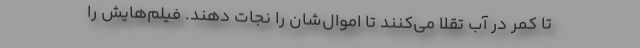
تا كمر در آب تقلا مي‌كنند تا اموال‌شان را نجات دهند. فيلم‌هايش را